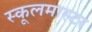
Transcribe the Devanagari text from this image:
स्कूलमास्टर